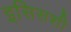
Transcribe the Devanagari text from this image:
इसिसशी